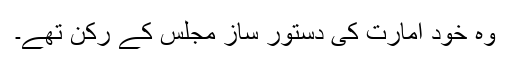
وہ خود امارت کی دستور ساز مجلس کے رکن تھے۔